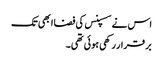
اس نے سسپنس کی فضا ابھی تک
بر قرار رکھی ہوئی تھی۔